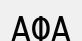
АФА